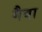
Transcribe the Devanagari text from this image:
गैवा